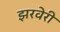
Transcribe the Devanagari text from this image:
झरवेरी